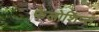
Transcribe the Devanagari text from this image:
फेलोशिप्स